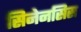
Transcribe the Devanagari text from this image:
सिनेनसिस